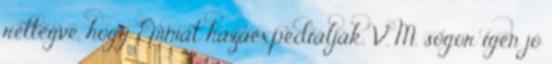
rettegve, hogy Emmát hazaexpediálják. V. M. sógor igen jó